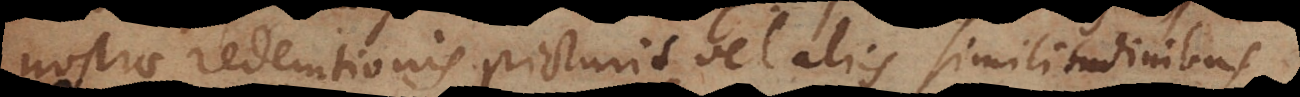
nostrae redemtionis picturis vel aliis similitudinibus